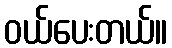
ဝယ်ပေးတယ်။